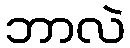
ဘာလဲ